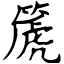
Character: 篪